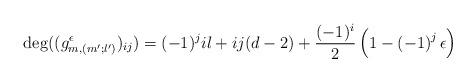
LaTeX: \begin{align*}\deg((g_{m,(m';l')}^\epsilon)_{ij})=(-1)^j il+ij(d-2)+\frac{(-1)^i}{2} \left( 1-\left( -1 \right)^j \epsilon \right) \end{align*}